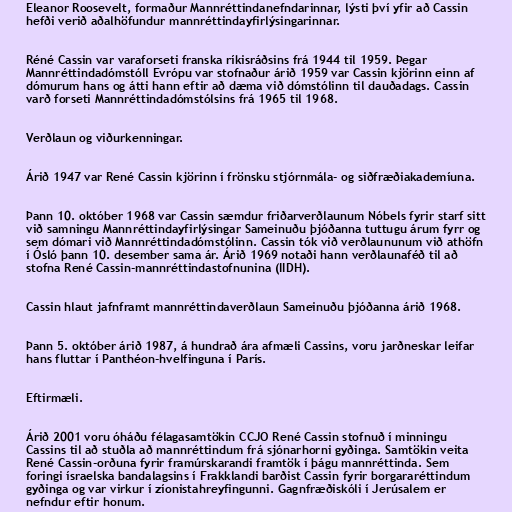
Eleanor Roosevelt, formaður Mannréttindanefndarinnar, lýsti því yfir að Cassin
hefði verið aðalhöfundur mannréttindayfirlýsingarinnar.

Réné Cassin var varaforseti franska ríkisráðsins frá 1944 til 1959. Þegar
Mannréttindadómstóll Evrópu var stofnaður árið 1959 var Cassin kjörinn einn af
dómurum hans og átti hann eftir að dæma við dómstólinn til dauðadags. Cassin
varð forseti Mannréttindadómstólsins frá 1965 til 1968.

Verðlaun og viðurkenningar.

Árið 1947 var René Cassin kjörinn í frönsku stjórnmála- og siðfræðiakademíuna.

Þann 10. október 1968 var Cassin sæmdur friðarverðlaunum Nóbels fyrir starf sitt
við samningu Mannréttindayfirlýsingar Sameinuðu þjóðanna tuttugu árum fyrr og
sem dómari við Mannréttindadómstólinn. Cassin tók við verðlaununum við athöfn
í Ósló þann 10. desember sama ár. Árið 1969 notaði hann verðlaunaféð til að
stofna René Cassin-mannréttindastofnunina (IIDH).

Cassin hlaut jafnframt mannréttindaverðlaun Sameinuðu þjóðanna árið 1968.

Þann 5. október árið 1987, á hundrað ára afmæli Cassins, voru jarðneskar leifar
hans fluttar í Panthéon-hvelfinguna í París.

Eftirmæli.

Árið 2001 voru óháðu félagasamtökin CCJO René Cassin stofnuð í minningu
Cassins til að stuðla að mannréttindum frá sjónarhorni gyðinga. Samtökin veita
René Cassin-orðuna fyrir framúrskarandi framtök í þágu mannréttinda. Sem
foringi ísraelska bandalagsins í Frakklandi barðist Cassin fyrir borgararéttindum
gyðinga og var virkur í zíonistahreyfingunni. Gagnfræðiskóli í Jerúsalem er
nefndur eftir honum.